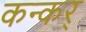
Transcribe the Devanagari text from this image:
कन्कर्